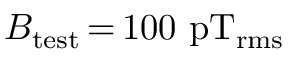
B _ { \mathrm { t e s t } } \, { = } \, 1 0 0 ~ \mathrm { p T _ { r m s } }